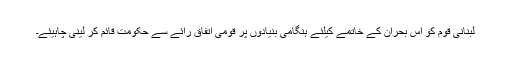
لبنانی قوم کو اس بحران کے خاتمے کیلئے ہنگامی بنیادوں پر قومی اتفاق رائے سے حکومت قائم کر لینی چاہیئے۔